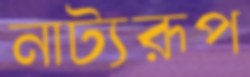
নাট্যরূপ